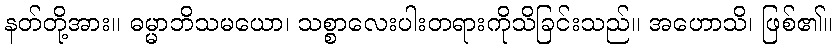
နတ်တို့အား။ ဓမ္မာဘိသမယော၊ သစ္စာလေးပါးတရားကိုသိခြင်းသည်။ အဟောသိ၊ ဖြစ်၏။